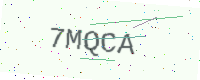
Text: 7MQCA